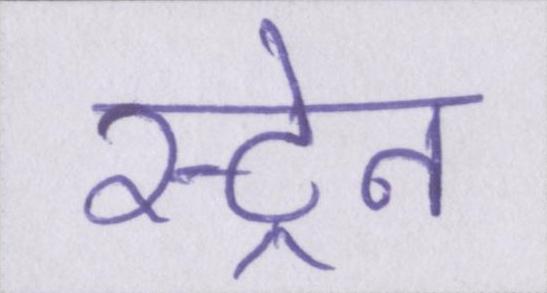
स्ट्रेन